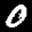
Label: 0